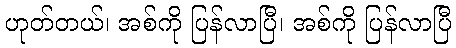
ဟုတ်တယ်၊ အစ်ကို ပြန်လာပြီ၊ အစ်ကို ပြန်လာပြီ